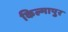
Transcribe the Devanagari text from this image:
किल्मापुर